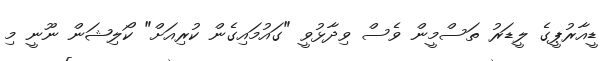
ޑީއާރުޕީގެ ލީޑަރު ތަސްމީން ވެސް ވިދާޅުވީ "ގައުމައިގެން ކުރިއަށް" ކޯލިޝަން ނޫނީ މި